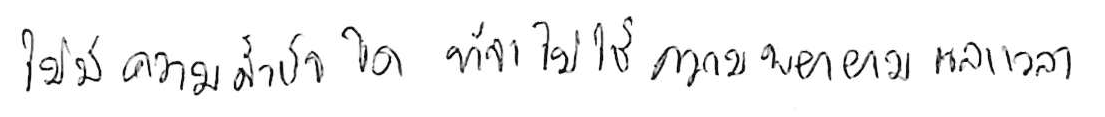
ไม่มีความสำเร็จใด ที่จะไม่ใช้ความพยายามและเวลา